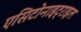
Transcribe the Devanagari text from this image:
एसिटोनाइट्राइल